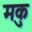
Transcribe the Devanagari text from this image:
मकु